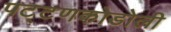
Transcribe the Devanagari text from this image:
पट्टणकोडोली